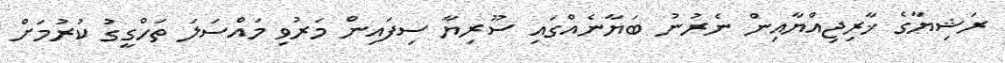
ރަޝިޔާގެ ޚާރިޖިއްޔާއިން ނެރުނު ބަޔާނެއްގައި ސޫރިޔާ ސިފައިން މަރުވި މައްސަލަ ތަހްގީގު ކުރުމަށް